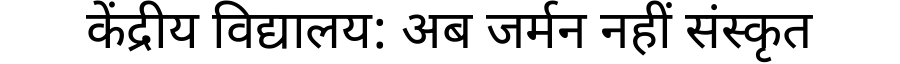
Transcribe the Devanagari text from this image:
केंद्रीय विद्यालय: अब जर्मन नहीं संस्कृत